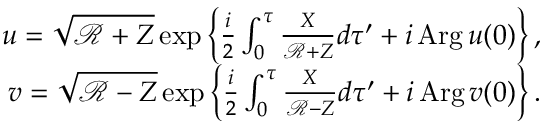
\begin{array} { r } { u = \sqrt { \mathcal R + Z } \exp \left\{ \frac { i } { 2 } \int _ { 0 } ^ { \tau } \frac { X } { \mathcal R + Z } d \tau ^ { \prime } + i \, \mathrm { A r g } \, u ( 0 ) \right\} , } \\ { v = \sqrt { \mathcal R - Z } \exp \left\{ \frac { i } { 2 } \int _ { 0 } ^ { \tau } \frac { X } { \mathcal R - Z } d \tau ^ { \prime } + i \, \mathrm { A r g } \, v ( 0 ) \right\} . } \end{array}